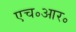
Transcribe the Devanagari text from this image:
एच॰आर॰